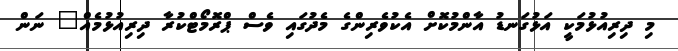
މި ދިރިއުޅުމަކީ އަޅުގަނޑު އާންމުކޮށް އެކުވެރިންގެ މެދުގައި ވެސް ޕްރޮމޯޓްކުރާ ދިރިއުޅުމެއް" ނަން